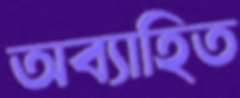
অব্যাহিত